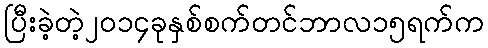
ပြီးခဲ့တဲ့၂၀၁၄ခုနှစ်စက်တင်ဘာလ၁၅ရက်က